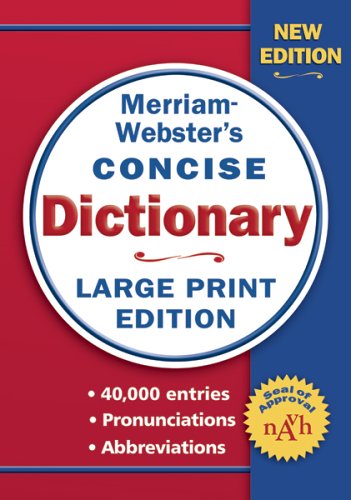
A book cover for Merriam-Webster Concise Dictionary; Merriam-Webster; Reference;